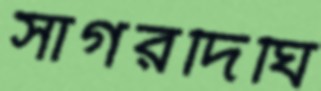
সাগরদিঘি